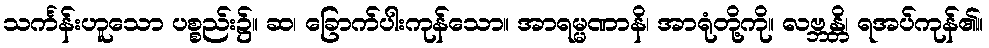
သင်္ကန်းဟူသော ပစ္စည်း၌။ ဆ၊ ခြောက်ပါးကုန်သော။ အာရမ္မဏာနိ၊ အာရုံတို့ကို။ လဗ္ဘန္တိ၊ ရအပ်ကုန်၏။